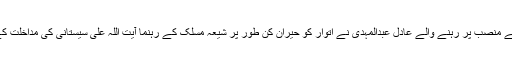
تقریباً ایک سال تک وزارتِ عظمیٰ کے منصب پر رہنے والے عادل عبدالمہدی نے اتوار کو حیران کن طور پر شیعہ مسلک کے رہنما آیت اللہ علی سیستانی کی مداخلت کے بعد عہدے سے استعفیٰ دے دیا تھا۔